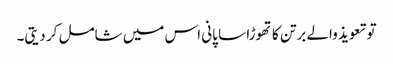
تو تعویذ والے برتن کا تھوڑا سا پانی اس میں شامل کر دیتی۔